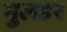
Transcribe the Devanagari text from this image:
मुलडर